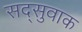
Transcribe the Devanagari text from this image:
सद्सुवाक